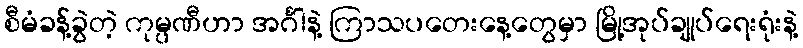
စီမံခန့်ခွဲတဲ့ ကုမ္ပဏီဟာ အင်္ဂါနဲ့ ကြာသပတေးနေ့တွေမှာ မြို့အုပ်ချုပ်ရေးရုံးနဲ့